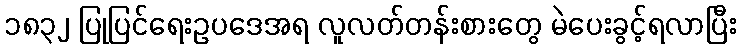
၁၈၃၂ ပြုပြင်ရေးဥပဒေအရ လူလတ်တန်းစားတွေ မဲပေးခွင့်ရလာပြီး